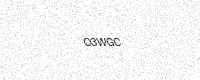
Text: O3WGC